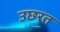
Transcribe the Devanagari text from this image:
उछरत